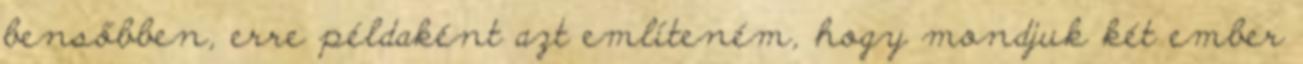
bensőbben, erre példaként azt említeném, hogy mondjuk két ember